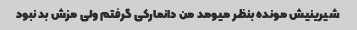
شیرینیش مونده بنظر میومد من دانمارکی گرفتم ولی مزش بد نبود